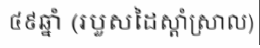
៤៩ឆ្នាំ (របួសដៃស្តាំស្រាល)